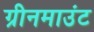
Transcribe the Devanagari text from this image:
ग्रीनमाउंट